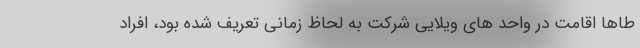
طاها اقامت در واحد های ویلایی شرکت به لحاظ زمانی تعریف شده بود، افراد